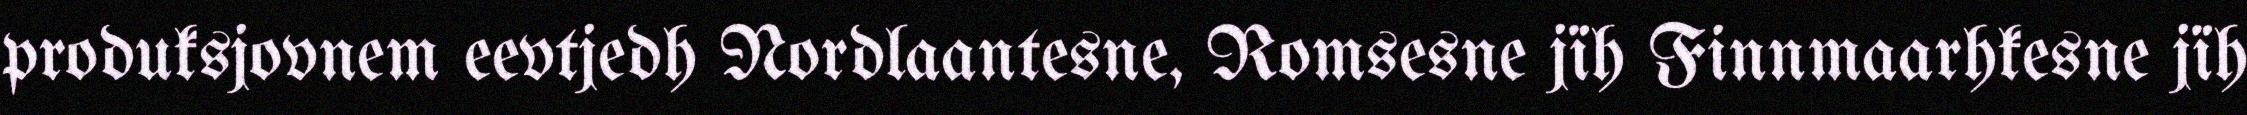
produksjovnem eevtjedh Nordlaantesne, Romsesne jïh Finnmaarhkesne jïh